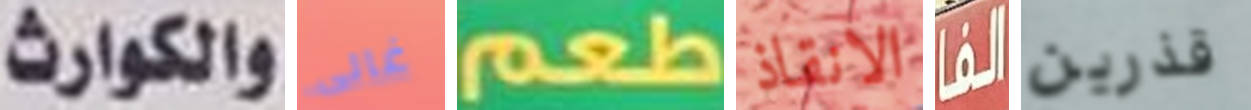
والكوارث غالى طعم الانقاذ الفا قذرين